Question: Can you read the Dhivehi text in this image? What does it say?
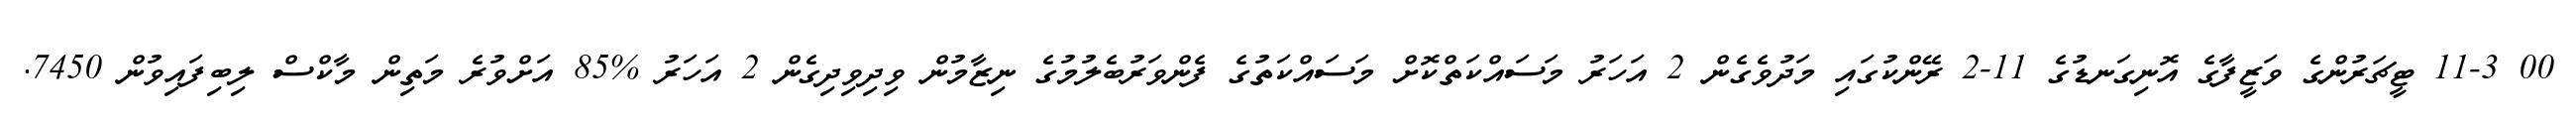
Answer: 00 11-3 ޓީޗަރުންގެ ވަޒީފާގެ އޮނިގަނޑުގެ 11-2 ރޭންކުގައި މަދުވެގެން 2 އަހަރު މަސައްކަތްކޮށް މަސައްކަތުގެ ފެންވަރުބެލުމުގެ ނިޒާމުން ވިދިވިދިގެން 2 އަހަރު %85 އަށްވުރެ މަތިން މާކްސް ލިބިފައިވުން 7450.